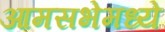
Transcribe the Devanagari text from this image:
आमसभेमध्ये